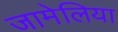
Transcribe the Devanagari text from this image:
जामेलिया